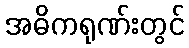
အဓိကရုဏ်းတွင်